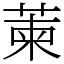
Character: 萰